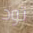
تود